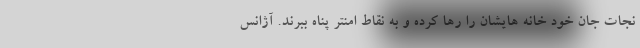
نجات جان خود خانه هایشان را رها کرده و به نقاط امنتر پناه ببرند. آژانس